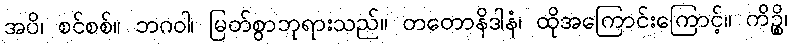
အပိ၊ စင်စစ်။ ဘဂဝါ၊ မြတ်စွာဘုရားသည်။ တတောနိဒါနံ၊ ထိုအကြောင်းကြောင့်။ ကိဉ္စိ၊